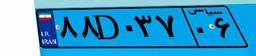
۸۸D۰۳۷۰۶